Annual administration report of the Civil Veterinary Department of India - 1897-1898
Year: 1897
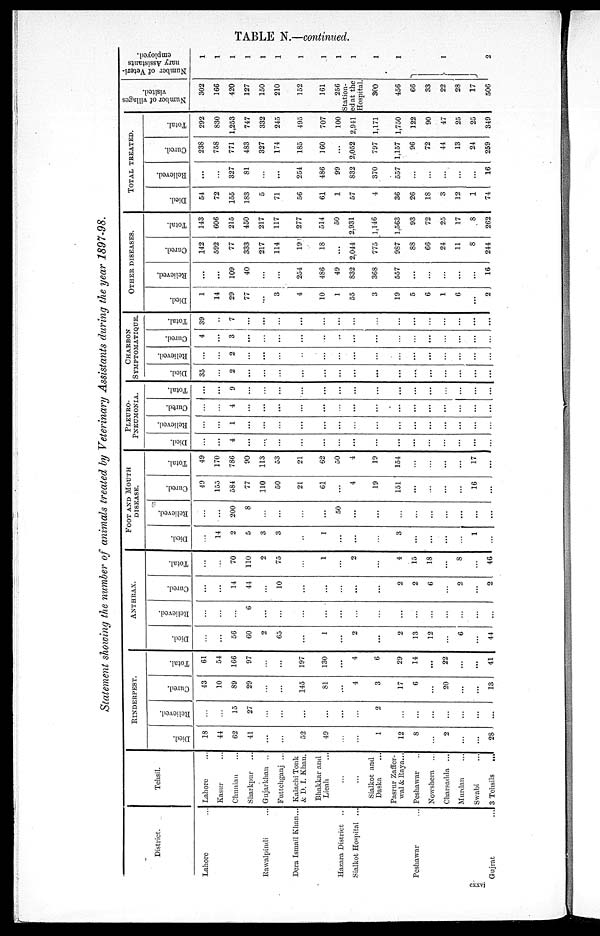
TABLE N.—continued.
Statement showing the number of animals treated by Veterinary Assistants during the year 1897-98.
District.
Lahore ...
Rawalpindi ...
Dera Ismail Khan ...
Hazara District ..
Sialkot Hospital ...
Peshawar
Gujrat ...
Tehsil.
Lahore ...
Kasur ...
Chunian ...
Sharkpur ...
Gujarkhan ..
Futtehganj ...
Kalachi Tonk
& D. I. Khan.
Bhakkar and
Lieah ...
...
...
Sialkot and
Daska ...
Pasrur Zaffer-
wal & Raya...
Peshawar ..
Nowshera ...
Charsadda ...
Murdan ...
Swabi ...
3 Tehsils
...
RINDERPEST.
Died.
18
44
62
41
...
...
52
49
...
...
1
12
8
...
2
...
...
28
Relieved.
...
...
15
27
...
...
...
...
...
...
2
...
...
...
...
...
...
...
Cured.
43
10
S9
29
...
...
145
81
...
4
3
17
6
...
20
...
...
13
Total.
61
54
166
97
...
...
197
130
...
4
6
29
14
...
22
...
...
41
ANTHRAX.
Died.
...
...
56
60
2
65
...
1
...
2
...
2
13
12
...
6
...
44
Relieved.
...
...
...
6
...
...
...
...
...
...
...
...
...
...
...
...
...
...
Cured.
...
...
14
44
...
10
...
...
...
...
...
2
2
6
...
2
...
2
Total.
...
...
70
110
2
75
...
1
...
2
...
4
15
18
...
8
...
46
FOOT AND MOUTH
DISEASE.
Died.
...
14
2
5
3
3
...
1
...
...
...
3
...
...
...
...
1
...
Relieved.
...
...
200
8
...
...
...
...
50
...
...
...
...
...
...
...
...
...
Cured.
49
155
584
77
110
50
21
61
...
4
19
151
...
...
...
...
16
...
Total.
49
170
786
90
113
53
21
62
50
4
19
154
...
...
...
...
17
...
PLEURO¬
PNEUMONIA.
Died.
...
...
4
...
...
...
...
...
...
...
...
...
...
...
...
...
...
...
Relieved.
...
...
1
...
...
...
...
...
...
...
...
...
...
...
...
...
...
...
Cured.
...
...
4
...
...
...
...
...
...
...
...
...
...
...
...
...
...
...
Total.
...
...
9
...
...
...
...
...
...
...
...
...
...
...
...
...
...
...
CHARBON
SYMPTOMATIQUE.
Died.
35
...
2
...
...
...
...
...
...
...
...
...
...
...
...
...
...
...
Relieved.
...
...
2
...
...
...
...
...
...
...
...
...
...
...
...
...
...
...
Cured.
4
...
3
...
...
...
...
...
...
...
...
...
...
...
...
...
...
...
Total.
39
.....
7
...
...
...
...
...
...
...
...
...
...
...
...
...
...
...
OTHER DISEASES.
Died.
1
14
29
77
...
3
4
10
1
55
3
19
5
6
1
6
...
2
Relieved.
...
...
109
40
...
...
254
486
49
832
368
557
...
...
...
...
...
16
Cured.
142
592
77
333
217
114
19
18
....
2.044
775
987
88
66
24
11
8
244
Total.
143
606
215
450
217
117
277
514
50
2,931
1,146
1.563
93
72
25
17
8
262
TOTAL TREATED.
Died.
54
72
155
183
5
71
56
61
1
57
4
36
26
18
3
12
1
74
Relieved.
...
...
327
81
...
...
254
486
99
832
370
557
...
...
...
...
...
16
Cured.
238
758
771
483
327
174
185
160
...
2,052
797
1,157
96
72
44
13
24
259
Total.
292
830
1,253
747
332
245
495
707
100
2,941
1,171
1,750
122
90
47
25
25
349
Number of villages
visited.
302
166
420
127
150
210
152
161
256
Station-
ed at the
Hospital.
300
456
66
33
22
28
17
506
Number of Veteri-
nary Assistants
employed.
1
1
1
1
1
1
1
1
1
1
1
1
1
2
cxxvi